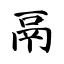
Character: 鬲